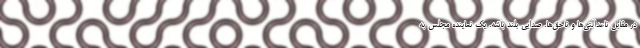
در مقابل ناعدالتی‌ها و ناحق‌ها. صدایی بلند باشه. یک نماینده مجلس به